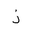
Letter: _thal